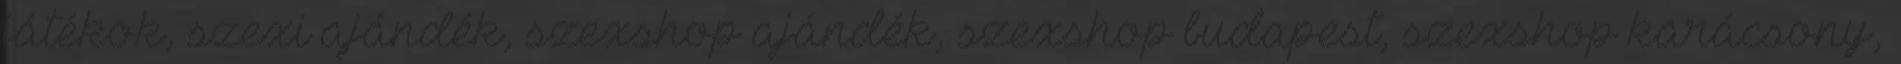
játékok, szexi ajándék, szexshop ajándék, szexshop budapest, szexshop karácsony,